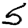
Digit: 5